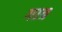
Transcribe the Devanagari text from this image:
गात्र